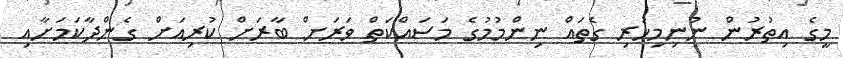
މީގެ އިތުރުން ނުނިމިހުރި ގެތައް ނިންމުމުގެ މަސައްކަތް ވަރަށް ބާރަށް ކުރިއަށް ގެންދާކަމަށާއި